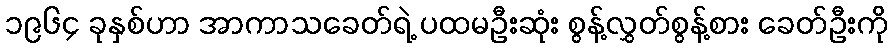
၁၉၆၄ ခုနှစ်ဟာ အာကာသခေတ်ရဲ့ ပထမဦးဆုံး စွန့်လွှတ်စွန့်စား ခေတ်ဦးကို